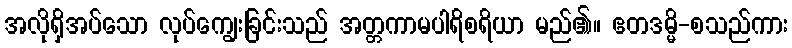
အလိုရှိအပ်သော လုပ်ကျွေးခြင်းသည် အတ္တကာမပါရိစရိယာ မည်၏။ ဧတဒမ္မိ-စသည်ကား